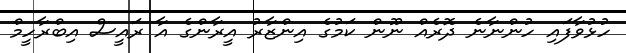
ހުޅުވާފައި ހުންނާނެ ދޮރެއް ނޫން ކަމުގެ އިންޒާރު އީރާންގެ އާ ރައީސް އިބްރާހީމް